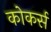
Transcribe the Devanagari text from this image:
कोकर्स